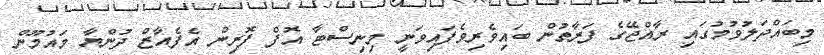
މިބައްދަލުވުމުގައި ރާއްޖޭގެ ފަރާތުން ބައިވެރިވެފައިވަނީ މިނިސްޓާ އޮފް ފޮރިން އެފެއާޒް ދުންޔާ މައުމޫން